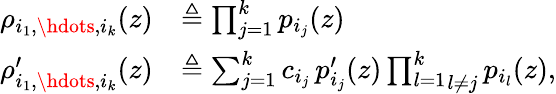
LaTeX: \begin{array}{rl}{\rho_{i_{1},\hdots,i_{k}}(z)}&{\triangleq\prod_{j=1}^{k}p_{i_{j}}(z)}\\ {\rho_{i_{1},\hdots,i_{k}}^{\prime}(z)}&{\triangleq\sum_{j=1}^{k}c_{i_{j}}\, p_{i_{j}}^{\prime}(z)\underset{l\ne j}{\prod_{l=1}^{k}}p_{i_{l}}(z),}\end{array}